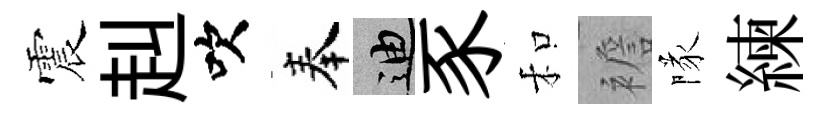
震赳吹奉迪豕和襜隊練